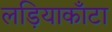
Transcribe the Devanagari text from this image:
लड़ियाकाँटा